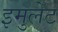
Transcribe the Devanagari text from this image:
इमुलेट